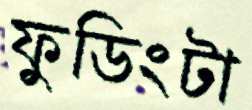
ফুডিংটা